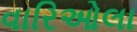
વારિઓલા